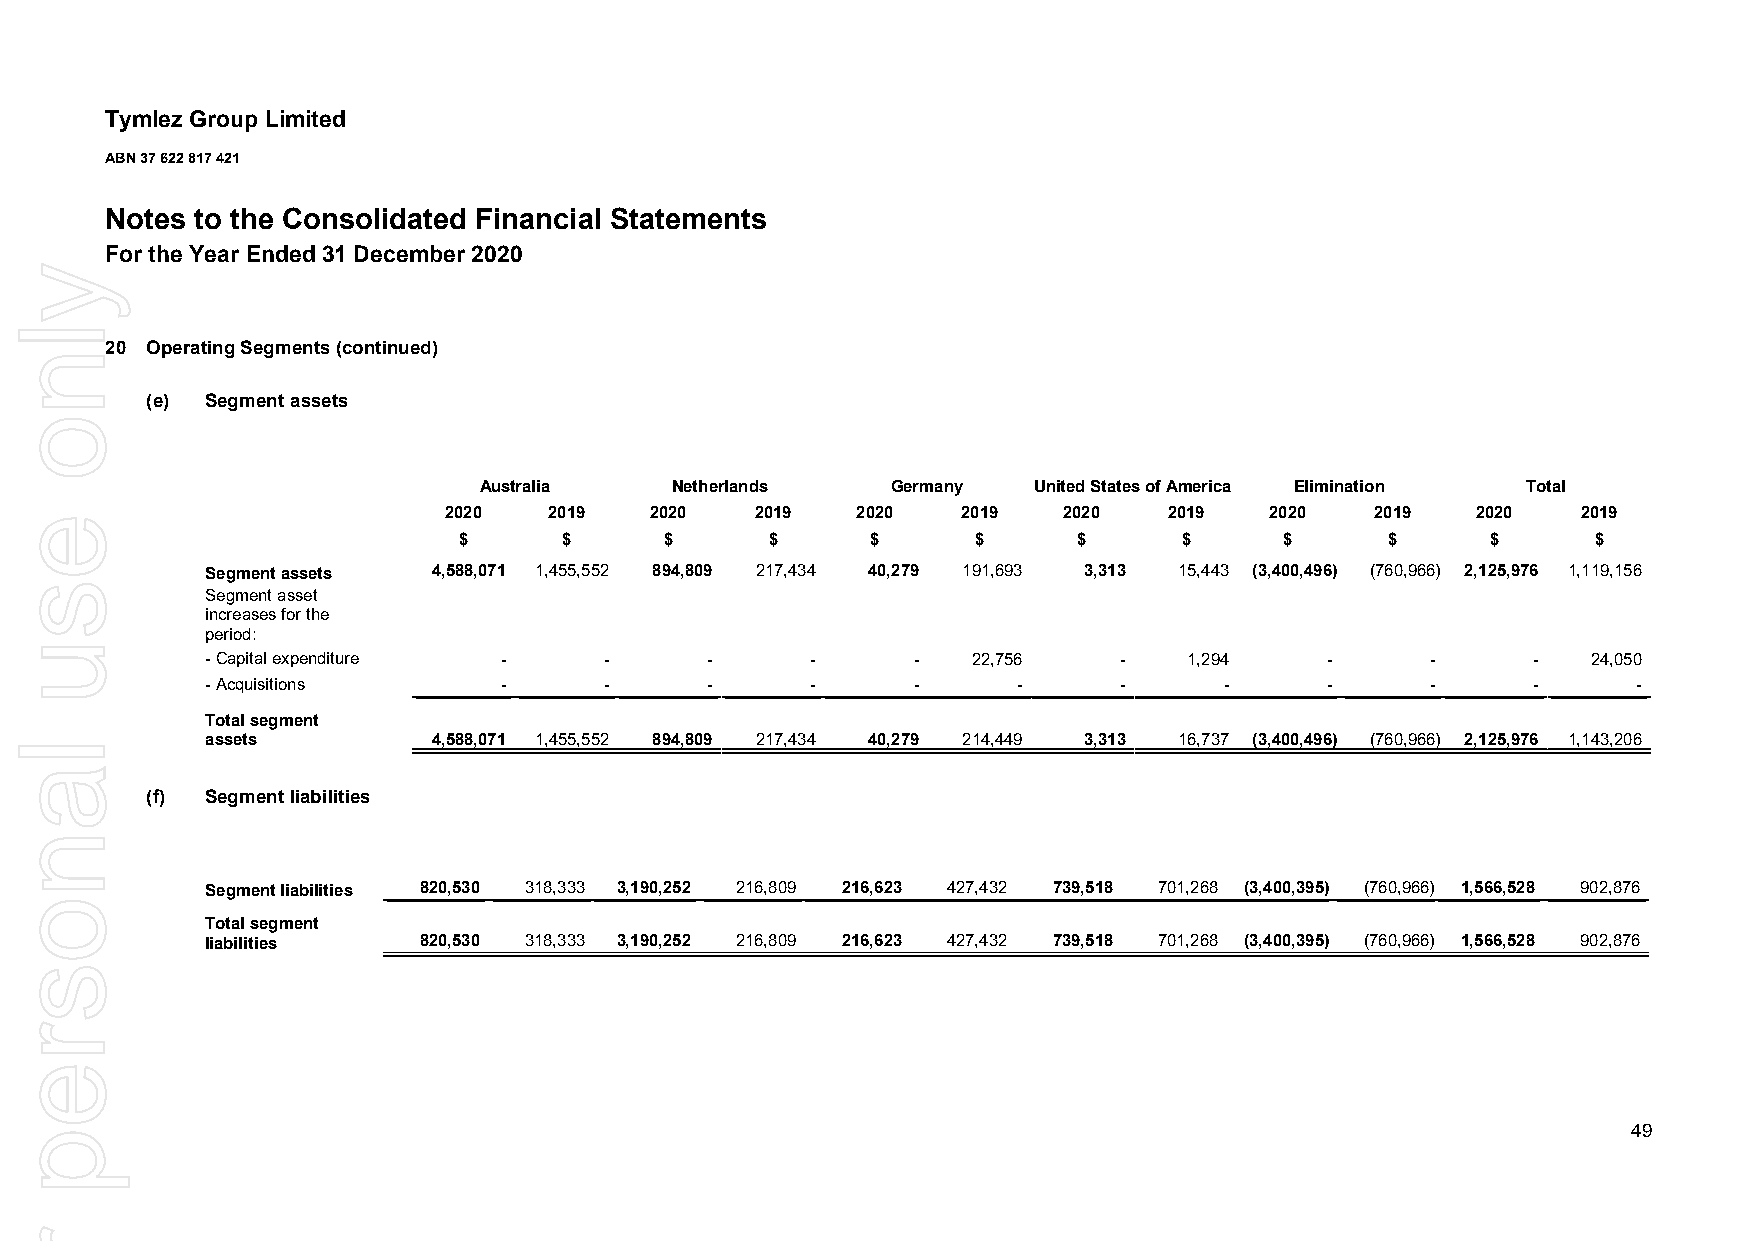
Tymlez Group Limited
 ABN 37 622 817 421
 Notes to the Consolidated Financial Statements
 For the Year Ended 31 December 2020
 20 Operating Segments (continued)
 (e) Segment assets
 Australia   Netherlands    Germany  United States of America Elimination Total
 2020   2019   2020   2019   2020   2019  2020   2019   2020   2019   2020   2019
 $      $      $      $      $      $     $      $      $      $      $      $
 Segment assets 4,588,071 1,455,552 894,809 217,434 40,279 191,693 3,313 15,443 (3,400,496) (760,966) 2,125,976 1,119,156
 Segment asset
 increases for the
 period:
 - Capital expenditure -   -      -      -     -   22,756    -    1,294    -      -     -   24,050
 - Acquisitions     -      -      -      -     -      -      -      -      -      -     -      -
 Total segment
 assets         4,588,071 1,455,552 894,809 217,434 40,279 214,449 3,313 16,737 (3,400,496) (760,966) 2,125,976 1,143,206
 (f) Segment liabilities
 Segment liabilities 820,530 318,333 3,190,252 216,809 216,623 427,432 739,518 701,268 (3,400,395) (760,966) 1,566,528 902,876
 Total segment
 liabilities   820,530 318,333 3,190,252 216,809 216,623 427,432 739,518 701,268 (3,400,395) (760,966) 1,566,528 902,876
 49
 ylno
 esu
 lanosrep
 roF